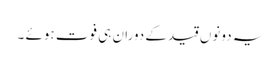
یہ دونوں قید کے دوران ہی فوت ہوئے ۔